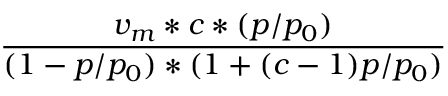
\frac { v _ { m } * c * ( p / p _ { 0 } ) } { ( 1 - p / p _ { 0 } ) * ( 1 + ( c - 1 ) p / p _ { 0 } ) }